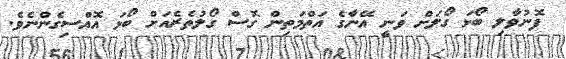
ފޮނުވާލި ބޯޅަ ގޯލަށް ވަނީ އޭނާގެ އަތްމަތިން ގޮސް ގޯލުތެރެއަށް ބޯޅަ އޮއްސިގެންނެވެ.